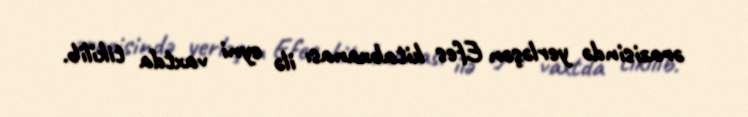
ərazisində yerləşən Efes kitabxanası ilə eyni vaxtda tikilib.